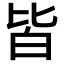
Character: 皆